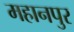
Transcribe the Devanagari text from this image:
महानपुर